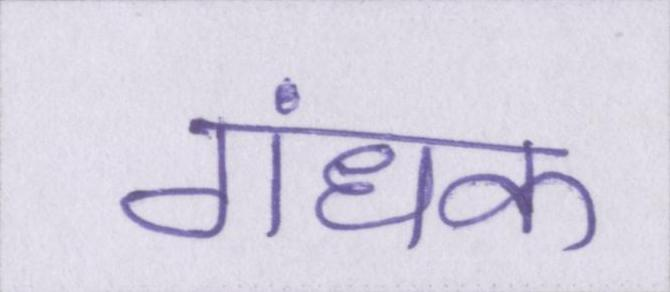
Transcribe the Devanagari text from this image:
गंधक